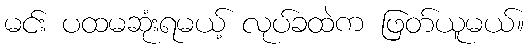
မင်း ပထမဆုံးရမယ့် လုပ်ခထဲက ဖြတ်ယူမယ်။